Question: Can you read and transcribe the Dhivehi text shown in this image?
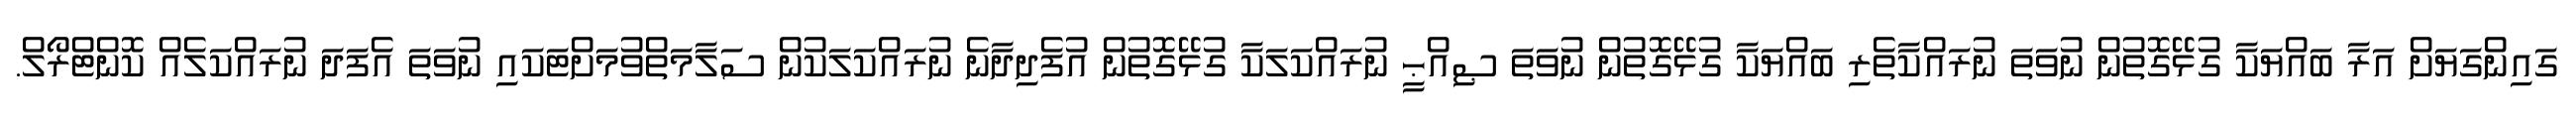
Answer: ގައިންގަޔަށް އަރާ ބައްޔަކާ ގުޅޭގޮތުން ނުވަތަ ނުރައްކާތެރި ބައްޔަކާ ގުޅޭގޮތުން ނުވަތަ ޞިއްޙީ ނުރައްކަލަކާ ގުޅޭގޮތުން އުފެދިދާނެ ނުރައްކަލަކުން ސަލާމަތްވުމަށްޓަކައި ނުވަތަ އެފަދަ ނުރައްކަލެއް ކޮންޓްރޯލް.